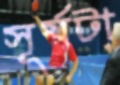
সূর্যটা